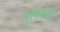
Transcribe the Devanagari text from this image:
पुलकत